Document type: Sale
Year: 1355
Scribe: Pere Borrell
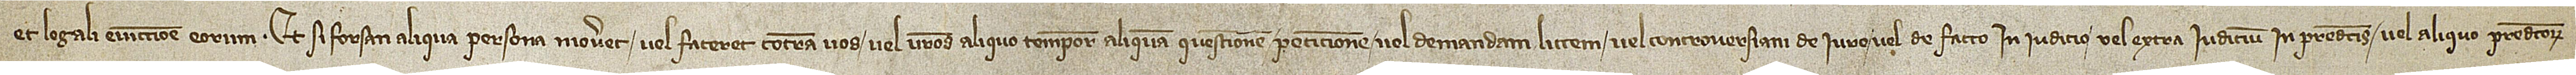
et legali eviccione eorum. Et si forsan aliqua persona moveret vel faceret contra vos vel vestros aliquo tempore aliquam questionem, peticionem vel demandam, littem vel controversiam, de iure vel de facto, in iudicio vel extra iudicium, in predictis vel aliquo predictorum